Language: tamil
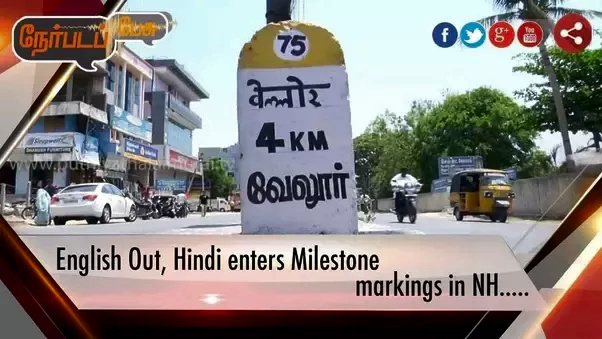
Transcription: வேலூா்